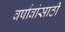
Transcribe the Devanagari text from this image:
वर्षावांसाठी